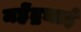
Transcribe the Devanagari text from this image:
महेंद्रभाई